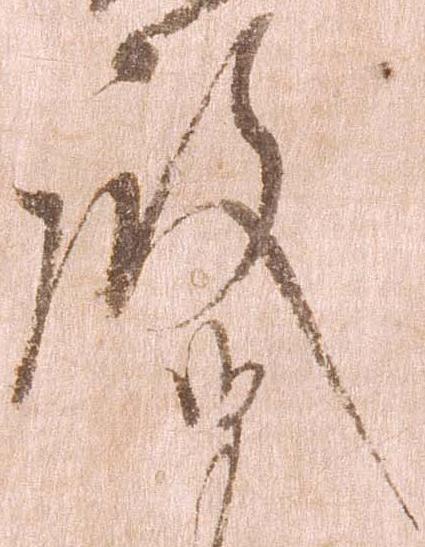
殿